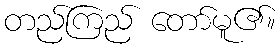
တည်ကြည် တော်မူ၏။